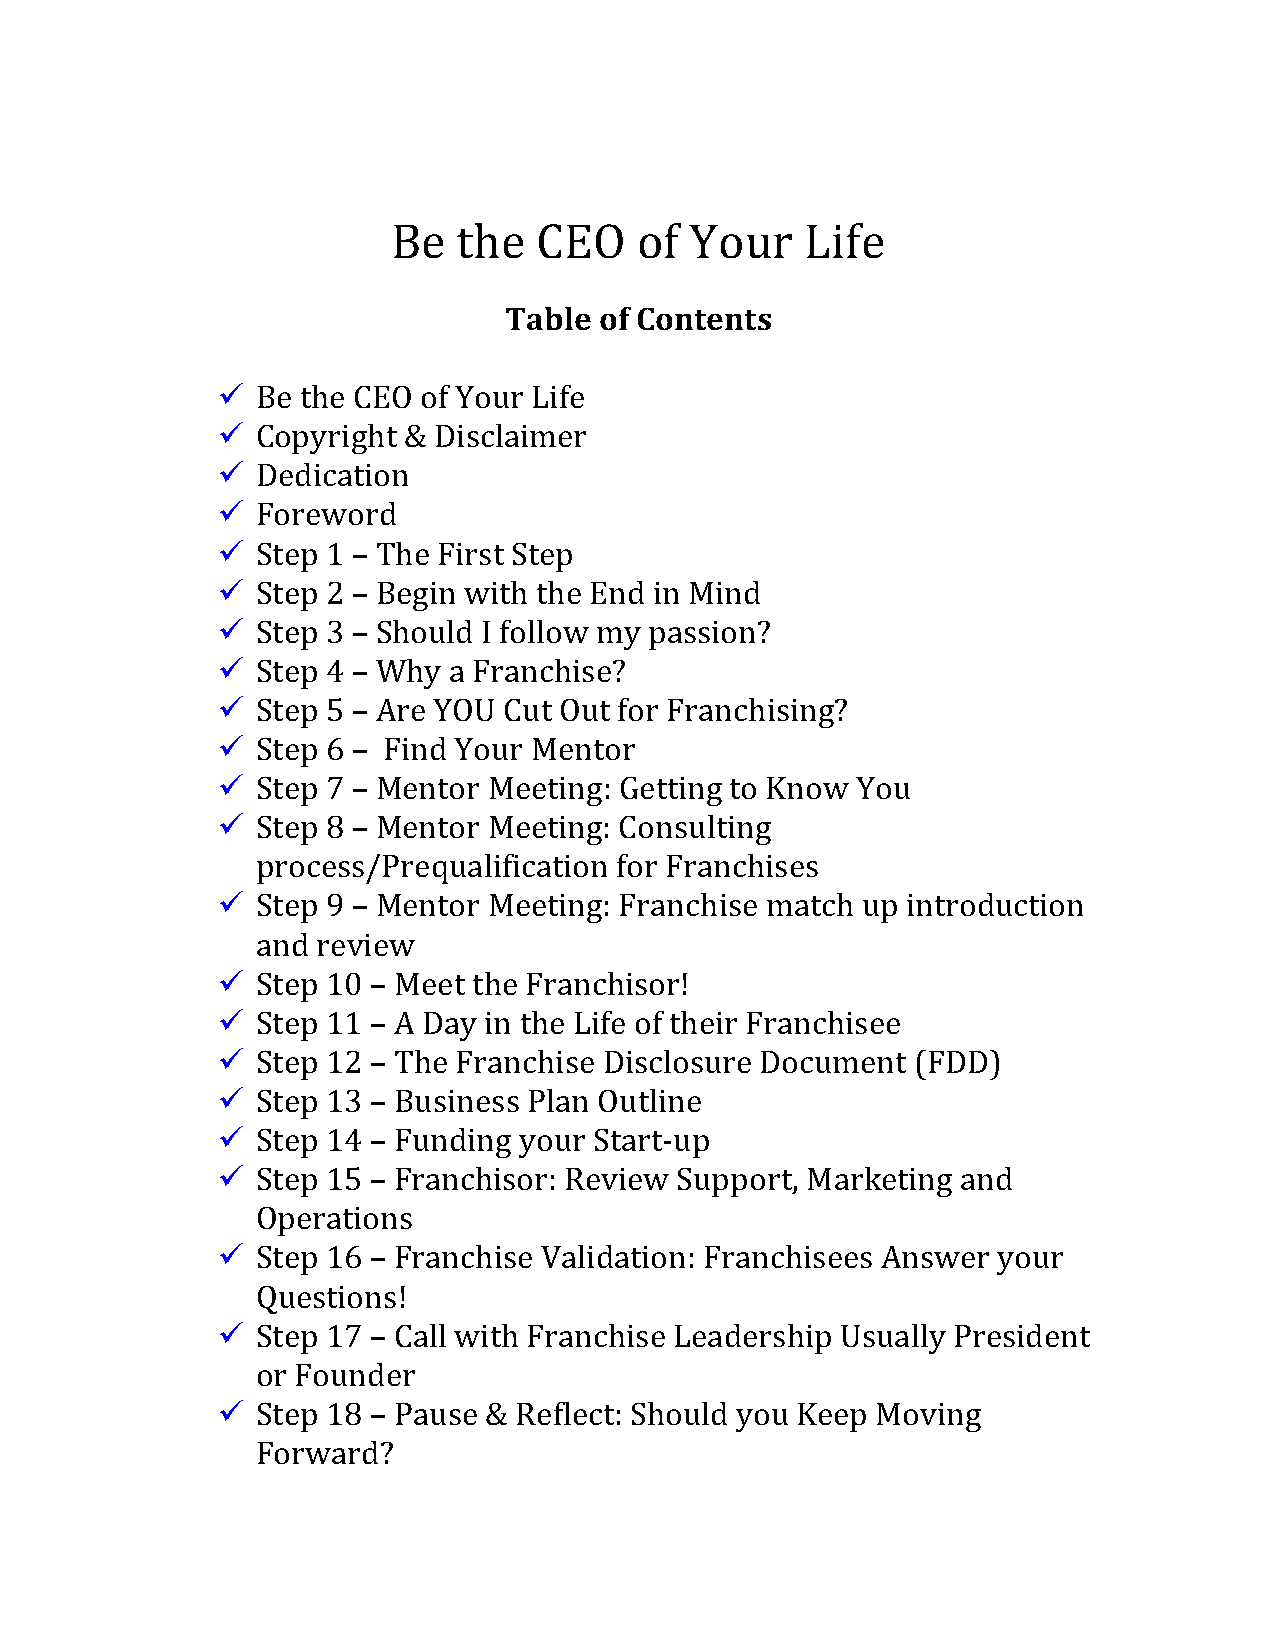
Be  the   CEO   of  Your   Life
 Table  of Contents
 ü  Be the CEO of Your Life
 ü  Copyright & Disclaimer
 ü  Dedication
 ü  Foreword
 ü  Step 1 – The First Step
 ü  Step 2 – Begin with the End in Mind
 ü  Step 3 – Should I follow my passion?
 ü  Step 4 – Why a Franchise?
 ü  Step 5 – Are YOU Cut Out for Franchising?
 ü  Step 6 – Find Your Mentor
 ü  Step 7 – Mentor Meeting: Getting to Know You
 ü  Step 8 – Mentor Meeting: Consulting
 process/Prequalification for Franchises
 ü  Step 9 – Mentor Meeting: Franchise match up introduction
 and review
 ü  Step 10 – Meet the Franchisor!
 ü  Step 11 – A Day in the Life of their Franchisee
 ü  Step 12 – The Franchise Disclosure Document (FDD)
 ü  Step 13 – Business Plan Outline
 ü  Step 14 – Funding your Start-up
 ü  Step 15 – Franchisor: Review Support, Marketing and
 Operations
 ü  Step 16 – Franchise Validation: Franchisees Answer your
 Questions!
 ü  Step 17 – Call with Franchise Leadership Usually President
 or Founder
 ü  Step 18 – Pause & Reflect: Should you Keep Moving
 Forward?